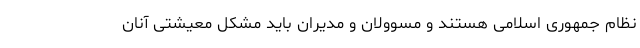
نظام جمهوری اسلامی هستند و مسوولان و مدیران باید مشکل معیشتی آنان